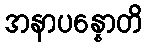
အနာပန္နောတိ